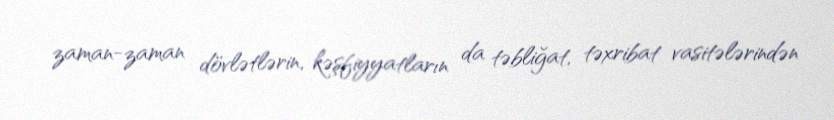
zaman-zaman dövlətlərin, kəşfiyyatların da təbliğat, təxribat vasitələrindən